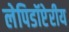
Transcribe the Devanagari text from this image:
लेपिडॉप्टेरीय